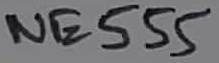
Text: NE555